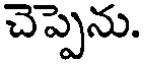
చెప్పెను.